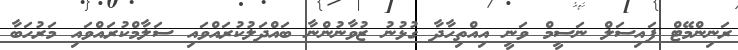
ރަނިންމޭޓް ފައިސަލް ނަސީމް ވަނީ އިއްތިހާދާ ގުޅުނު ޒުވާނުންނާ ބައްދަލުކުރައްވައި ސަލާމްކުރައްވައި މަރުހަބާ